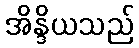
အိန္ဒိယသည်